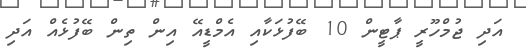
އަދި ޖުމްހޫރީ ޕާޓީން 10 ބޭފުޅަކާއި އެމްޑީއޭ އިން ތިން ބޭފުޅެއް އަދި